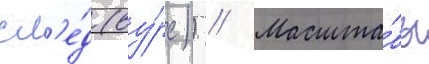
сл'е́д (ву́рс)) // Масшта́бы